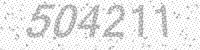
Solution: 504211